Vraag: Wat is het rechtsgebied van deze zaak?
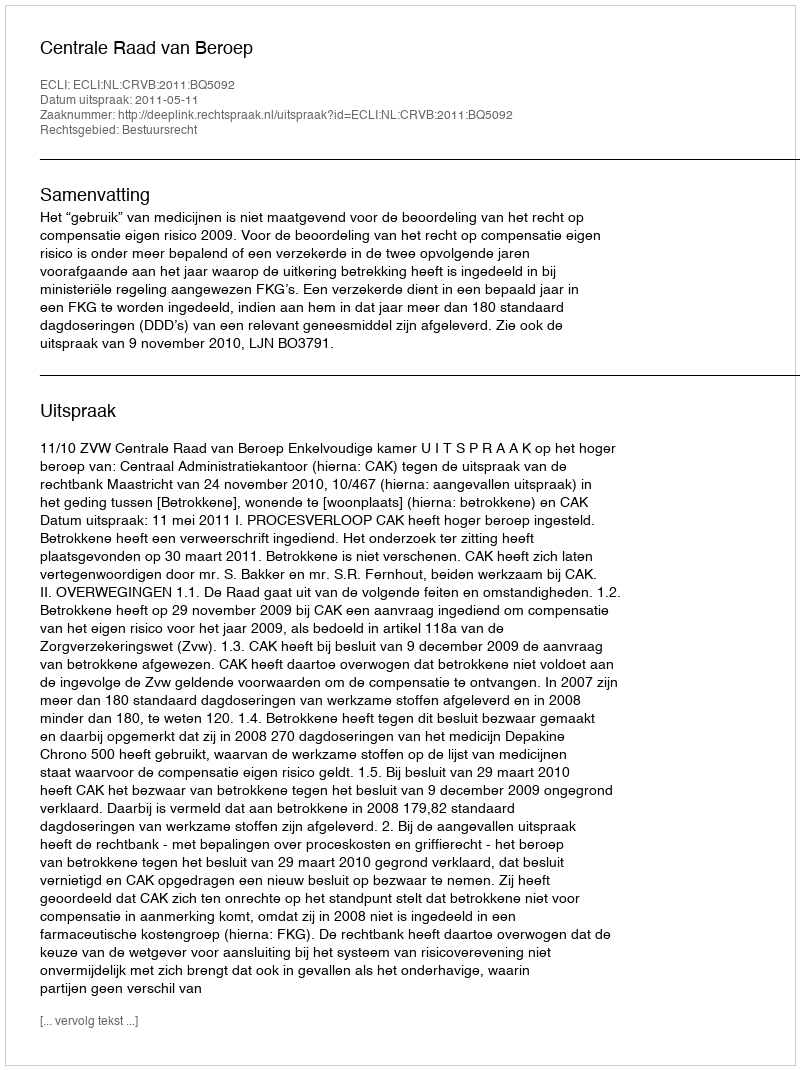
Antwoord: Bestuursrecht